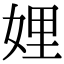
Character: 娌